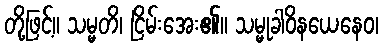
တို့ဖြင့်။ သမ္မတိ၊ ငြိမ်းအေး၏။ သမ္မုခါဝိနယေနေဝ၊